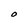
Character: O